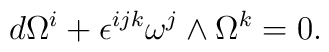
d \Omega^i + \epsilon^{ijk} \omega^j\wedge \Omega^k=0.